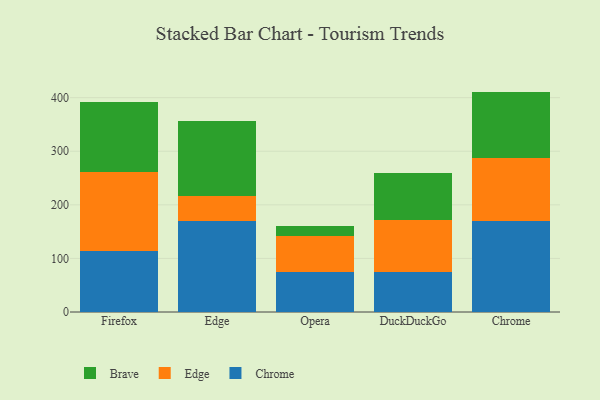
{"axis": {"x": "Browser", "y": "Conversion Rate (%)"}, "legend": ["Brave", "Chrome", "Edge"], "data": [{"x": "Firefox", "y": 114.1, "type": "Chrome"}, {"x": "Firefox", "y": 146.5, "type": "Edge"}, {"x": "Firefox", "y": 131.6, "type": "Brave"}, {"x": "Edge", "y": 169.7, "type": "Chrome"}, {"x": "Edge", "y": 46.1, "type": "Edge"}, {"x": "Edge", "y": 140.1, "type": "Brave"}, {"x": "Opera", "y": 73.9, "type": "Chrome"}, {"x": "Opera", "y": 68.4, "type": "Edge"}, {"x": "Opera", "y": 17.9, "type": "Brave"}, {"x": "DuckDuckGo", "y": 73.9, "type": "Chrome"}, {"x": "DuckDuckGo", "y": 98.5, "type": "Edge"}, {"x": "DuckDuckGo", "y": 87.4, "type": "Brave"}, {"x": "Chrome", "y": 170.5, "type": "Chrome"}, {"x": "Chrome", "y": 116.8, "type": "Edge"}, {"x": "Chrome", "y": 124.0, "type": "Brave"}]}